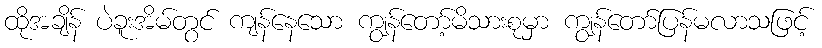
ထိုအချိန် ပဲခူးအိမ်တွင် ကျန်နေသော ကျွန်တော့်မိသားစုမှာ ကျွန်တော်ပြန်မလာသဖြင့်